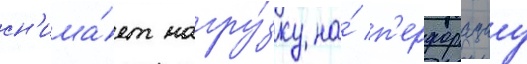
сн'ижа́ет нагру́зку на́ п'ерфорациу